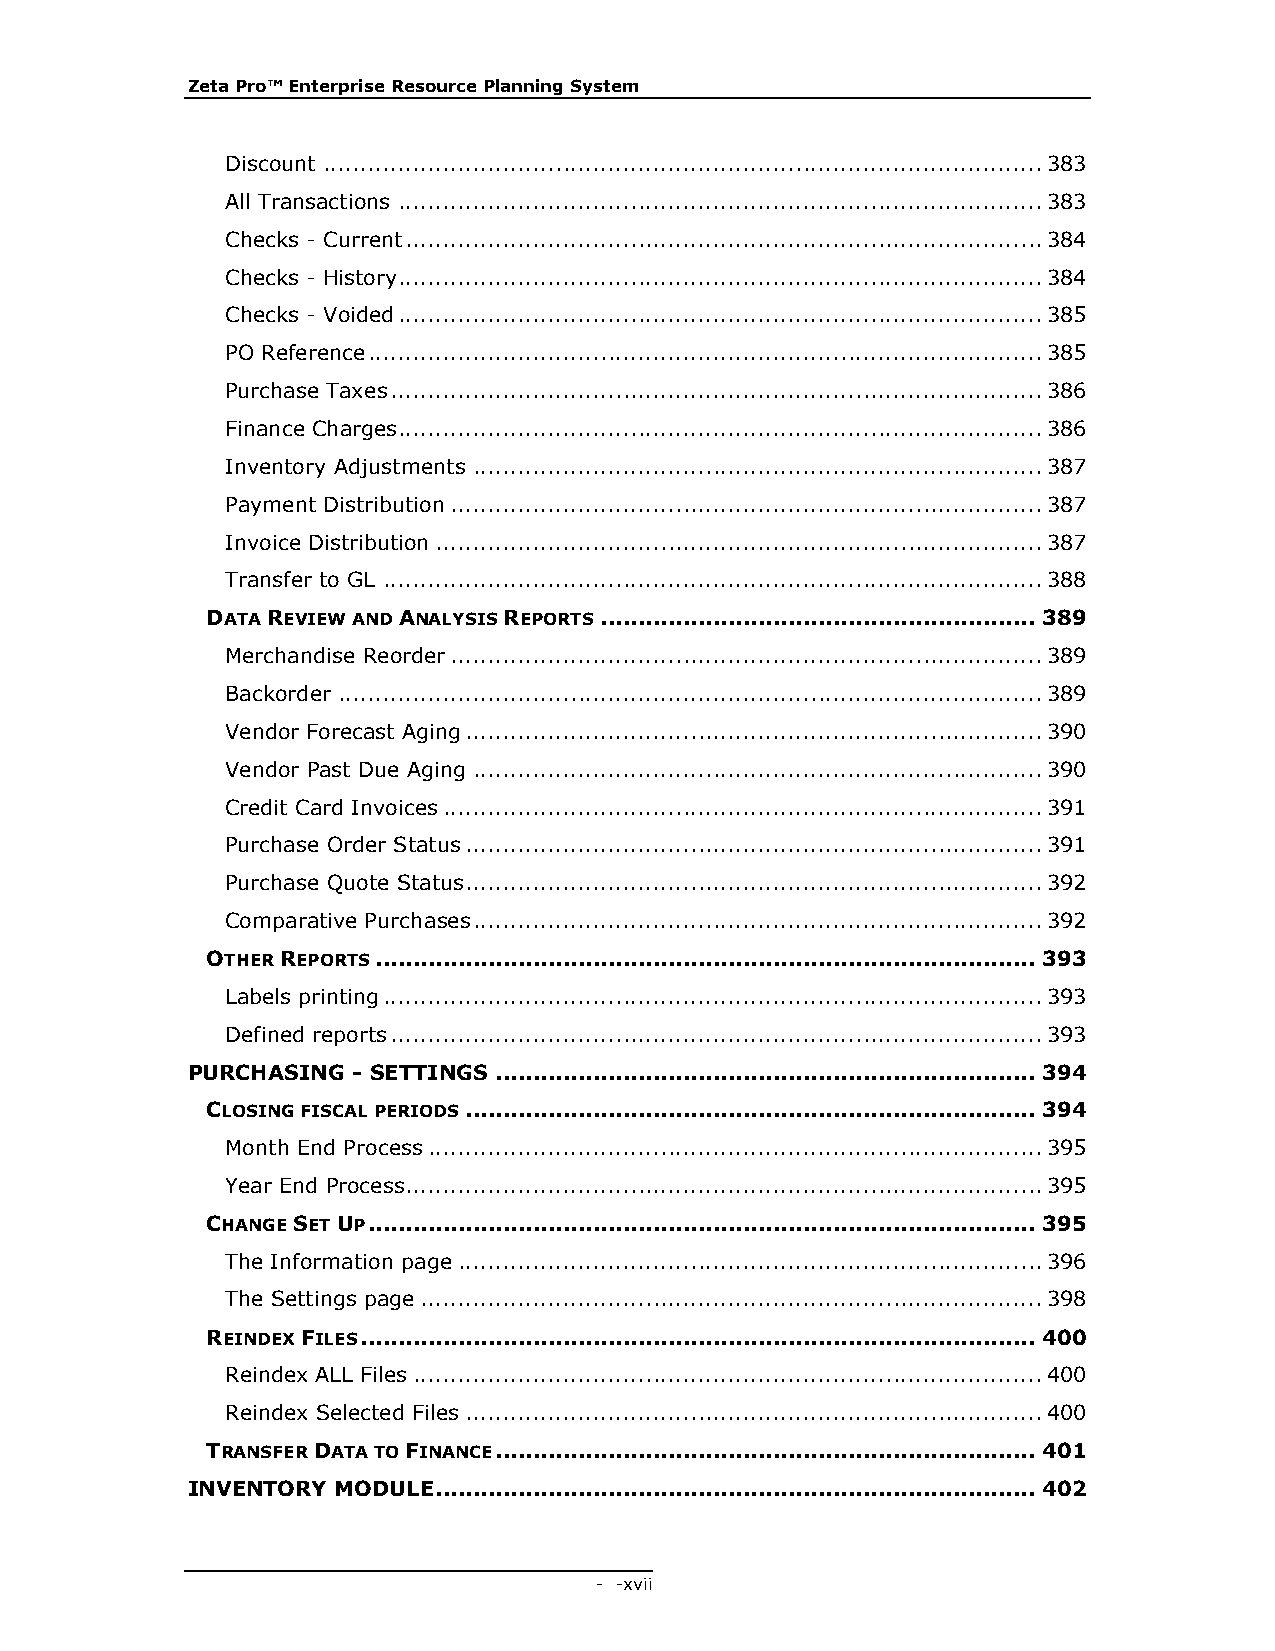
Zeta Pro™ Enterprise Resource Planning System
 Discount ................................................................................................ 383
 All Transactions ...................................................................................... 383
 Checks - Current ..................................................................................... 384
 Checks - History...................................................................................... 384
 Checks - Voided ...................................................................................... 385
 PO Reference .......................................................................................... 385
 Purchase Taxes ....................................................................................... 386
 Finance Charges...................................................................................... 386
 Inventory Adjustments ............................................................................ 387
 Payment Distribution ............................................................................... 387
 Invoice Distribution ................................................................................. 387
 Transfer to GL ........................................................................................ 388
 DATA REVIEW AND ANALYSIS REPORTS .......................................................... 389
 Merchandise Reorder ............................................................................... 389
 Backorder .............................................................................................. 389
 Vendor Forecast Aging ............................................................................. 390
 Vendor Past Due Aging ............................................................................ 390
 Credit Card Invoices ................................................................................ 391
 Purchase Order Status ............................................................................. 391
 Purchase Quote Status ............................................................................. 392
 Comparative Purchases ............................................................................ 392
 OTHER REPORTS ........................................................................................ 393
 Labels printing ........................................................................................ 393
 Defined reports ....................................................................................... 393
 PURCHASING - SETTINGS ........................................................................ 394
 CLOSING FISCAL PERIODS ............................................................................ 394
 Month End Process .................................................................................. 395
 Year End Process ..................................................................................... 395
 CHANGE SET UP ......................................................................................... 395
 The Information page .............................................................................. 396
 The Settings page ................................................................................... 398
 REINDEX FILES .......................................................................................... 400
 Reindex ALL Files .................................................................................... 400
 Reindex Selected Files ............................................................................. 400
 TRANSFER DATA TO FINANCE ........................................................................ 401
 INVENTORY MODULE ................................................................................ 402
 - - xvii